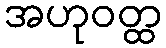
အဟုဝတ္ထ